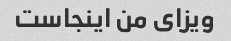
ویزای من اینجاست